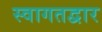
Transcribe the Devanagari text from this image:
स्वागतद्वार